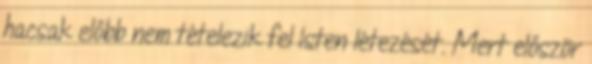
hacsak előbb nem tételezik fel Isten létezését. Mert először